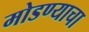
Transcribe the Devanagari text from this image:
मोडण्याचा